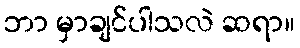
ဘာ မှာချင်ပါသလဲ ဆရာ။